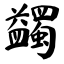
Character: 蠲